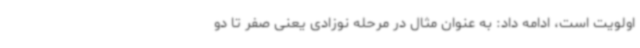
اولویت است، ادامه داد: به عنوان مثال در مرحله نوزادی یعنی صفر تا دو